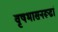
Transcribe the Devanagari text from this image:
वृषभासनरूढां